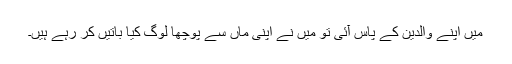
مَیں اپنے والدین کے پاس آئی تو مَیں نے اپنی ماں سے پوچھا لوگ کیا باتیں کر رہے ہیں۔